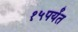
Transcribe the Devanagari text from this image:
१५पर्यंत